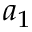
a _ { 1 }